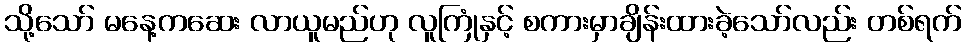
သို့သော် မနေ့ကဆေး လာယူမည်ဟု လူကြုံနှင့် စကားမှာချိန်းထားခဲ့သော်လည်း တစ်ရက်